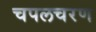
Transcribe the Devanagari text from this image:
चपलचरण